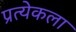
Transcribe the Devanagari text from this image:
प्रत्येकला